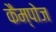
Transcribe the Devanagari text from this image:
कैम्पोज